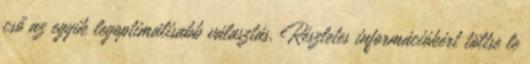
cső az egyik legoptimálisabb választás. Részletes információkért töltse le